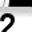
Digit: 2